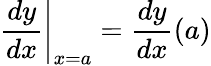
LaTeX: \left.{\frac{dy}{dx}}\right|_{x=a}={\frac{dy}{dx}}(a)